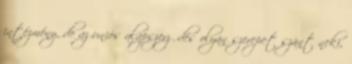
intézmény, de az uniós alapszerződés olyan szerepet szánt neki,